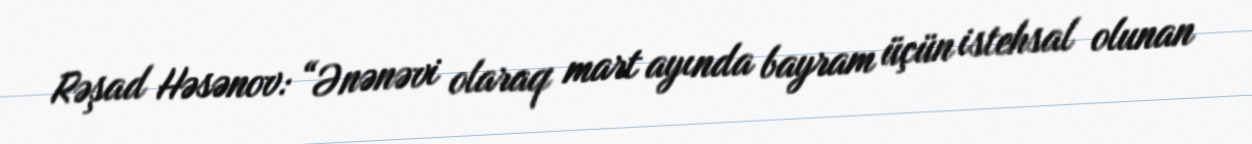
Rəşad Həsənov: “Ənənəvi olaraq mart ayında bayram üçün istehsal olunan